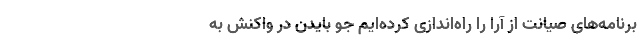
برنامه‌های صیانت از آرا را راه‌اندازی کرده‌ایم جو بایدن در واکنش به